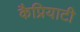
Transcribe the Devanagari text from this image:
कैप्रियाटी